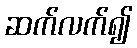
ဆက်လက်၍